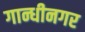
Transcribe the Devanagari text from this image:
गान्धीनगर